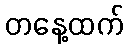
တနေ့ထက်